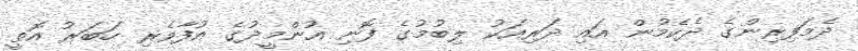
ދެމަފިިރިންގެ ދެކެމުން އައި ދަރިއަކު ލިބުމުގެ ފޮނި އުންމީދުގެ އުފާވެރި ހަބަރު އޮތީ